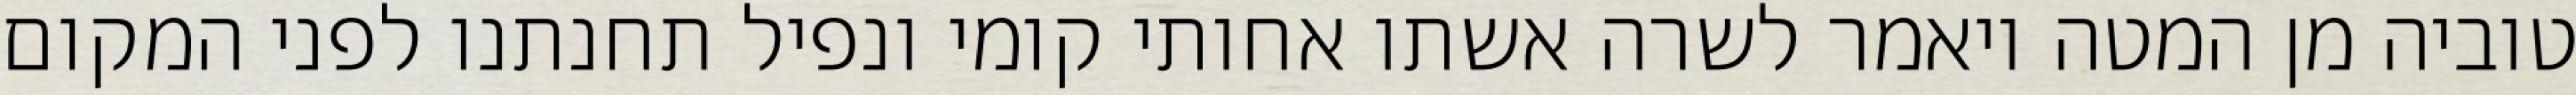
טוביה מן המטה ויאמר לשרה אשתו אחותי קומי ונפיל תחנתנו לפני המקום